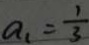
a _ { 1 } = \frac { 1 } { 3 }